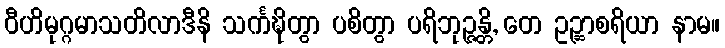
ဝီဟိမုဂ္ဂမာသတိလာဒီနိ သင်္ကဍ္ဎိတွာ ပစိတွာ ပရိဘုဉ္ဇန္တိ, တေ ဥဉ္ဆာစရိယာ နာမ။